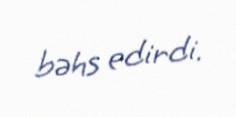
bəhs edirdi.